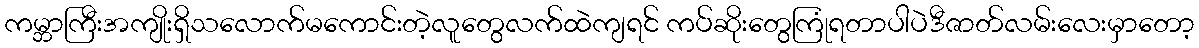
ကမ္ဘာကြီးအကျိုးရှိသလောက်မကောင်းတဲ့လူတွေလက်ထဲကျရင် ကပ်ဆိုးတွေကြုံရတာပါပဲဒီဇာတ်လမ်းလေးမှာတော့